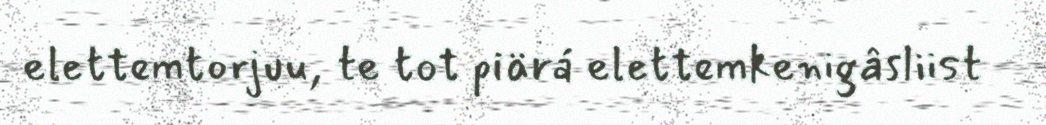
elettemtorjuu, te tot piärá elettemkenigâsliist